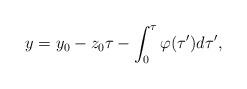
LaTeX: \begin{align*}y=y_0-z_0\tau - \int_0^{\tau}\varphi(\tau')d \tau',\end{align*}